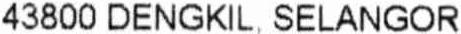
43800 DENGKIL, SELANGOR.